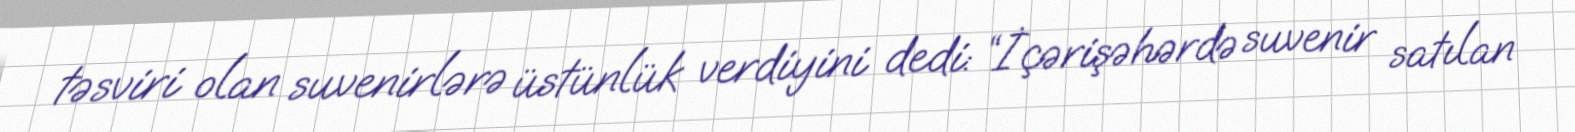
təsviri olan suvenirlərə üstünlük verdiyini dedi: “İçərişəhərdə suvenir satılan